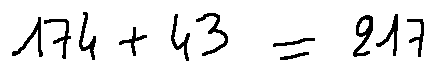
1 7 4 + 4 3 = 2 1 7